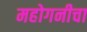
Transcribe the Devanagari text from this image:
महोगनीचा